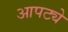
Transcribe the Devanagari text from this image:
आपट्ये